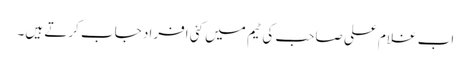
اب غلام علی صاحب کی ٹیم میں کئی افراد جاب کرتے ہیں۔